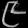
Digit: ၉